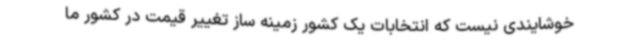
خوشایندی نیست که انتخابات یک کشور زمینه ساز تغییر قیمت در کشور ما